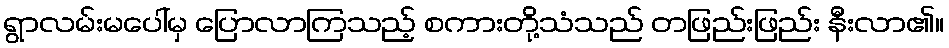
ရွာလမ်းမပေါ်မှ ပြောလာကြသည့် စကားတို့သံသည် တဖြည်းဖြည်း နီးလာ၏။